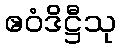
ဧဝံဒိဋ္ဌီသု